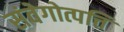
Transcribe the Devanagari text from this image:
संवेगोत्पत्ति